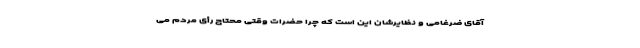
آقای ضرغامی و نظایرشان این است که چرا حضرات وقتی محتاج رأی مردم می